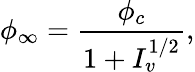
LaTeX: \phi_{\infty}=\frac{\phi_{c}}{1+I_{v}^{1/2}},